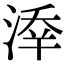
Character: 𣸖